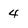
Character: 4